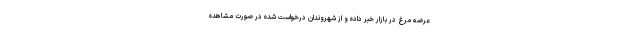
عرضه مرغ در بازار خبر داده و از شهروندان درخواست شده در صورت مشاهده